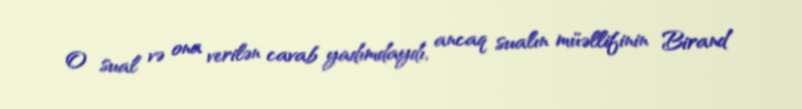
O sual və ona verilən cavab yadımdaydı, ancaq sualın müəllifinin Birand